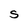
Character: S